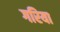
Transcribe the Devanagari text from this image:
गरिया